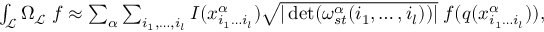
\begin{array} { r } { \int _ { \mathcal { L } } \Omega _ { \mathcal { L } } \; f \approx \sum _ { \alpha } \sum _ { i _ { 1 } , \dots , i _ { l } } I ( x _ { i _ { 1 } \dots i _ { l } } ^ { \alpha } ) \sqrt { \vert \det ( \omega _ { s t } ^ { \alpha } ( i _ { 1 } , \dots , i _ { l } ) ) \vert } \; f ( q ( x _ { i _ { 1 } \dots i _ { l } } ^ { \alpha } ) ) , } \end{array}